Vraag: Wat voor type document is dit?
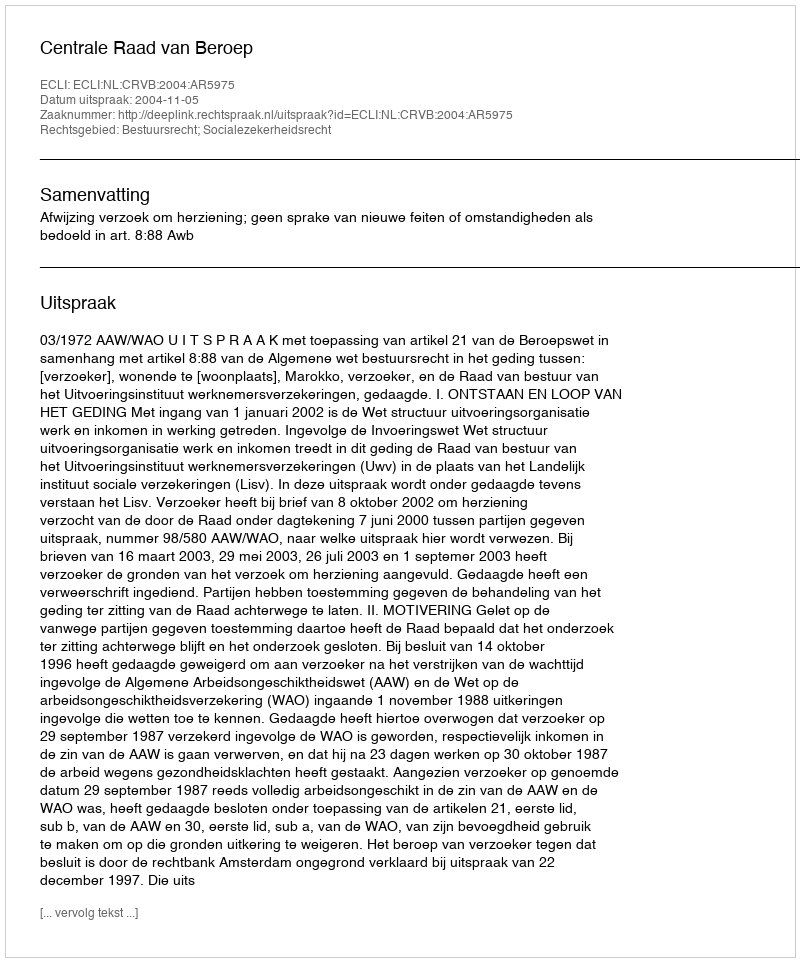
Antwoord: Uitspraak